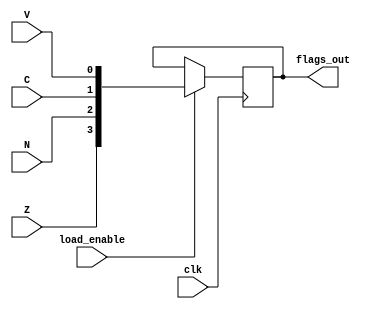
module flags_register(output reg[3:0] flags_out,
                      input Z,
                      N,
                      C,
                      V,
                      load_enable,
                      clk);

    initial flags_out = 4'b0;

always @(posedge clk)
    if (load_enable) flags_out <= {Z, N, C, V};
endmodule